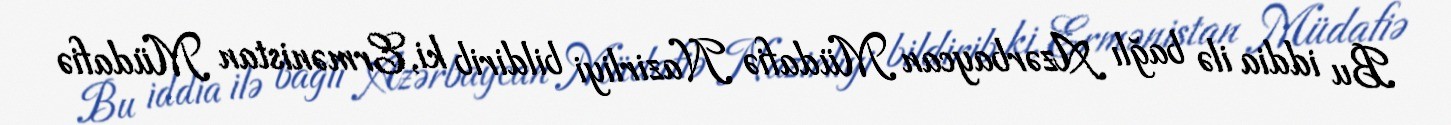
Bu iddia ilə bağlı Azərbaycan Müdafiə Nazirliyi bildirib ki, Ermənistan Müdafiə